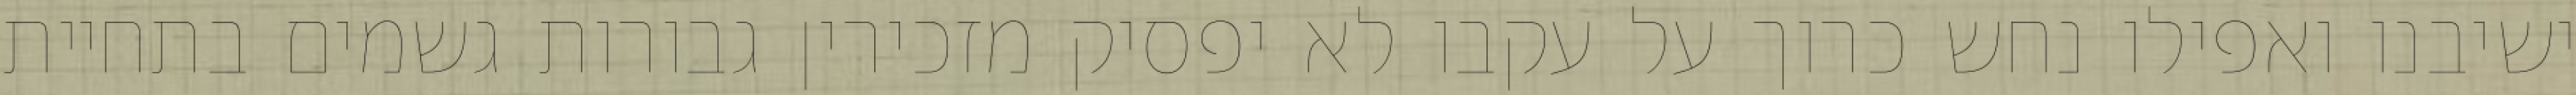
ישיבנו ואפילו נחש כרוך על עקבו לא יפסיק מזכירין גבורות גשמים בתחיית